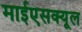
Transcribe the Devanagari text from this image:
माईएसक्यूल